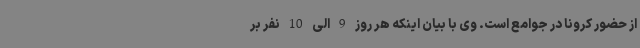
از حضور کرونا در جوامع است. وی با بیان اینکه هر روز 9 الی 10 نفر بر